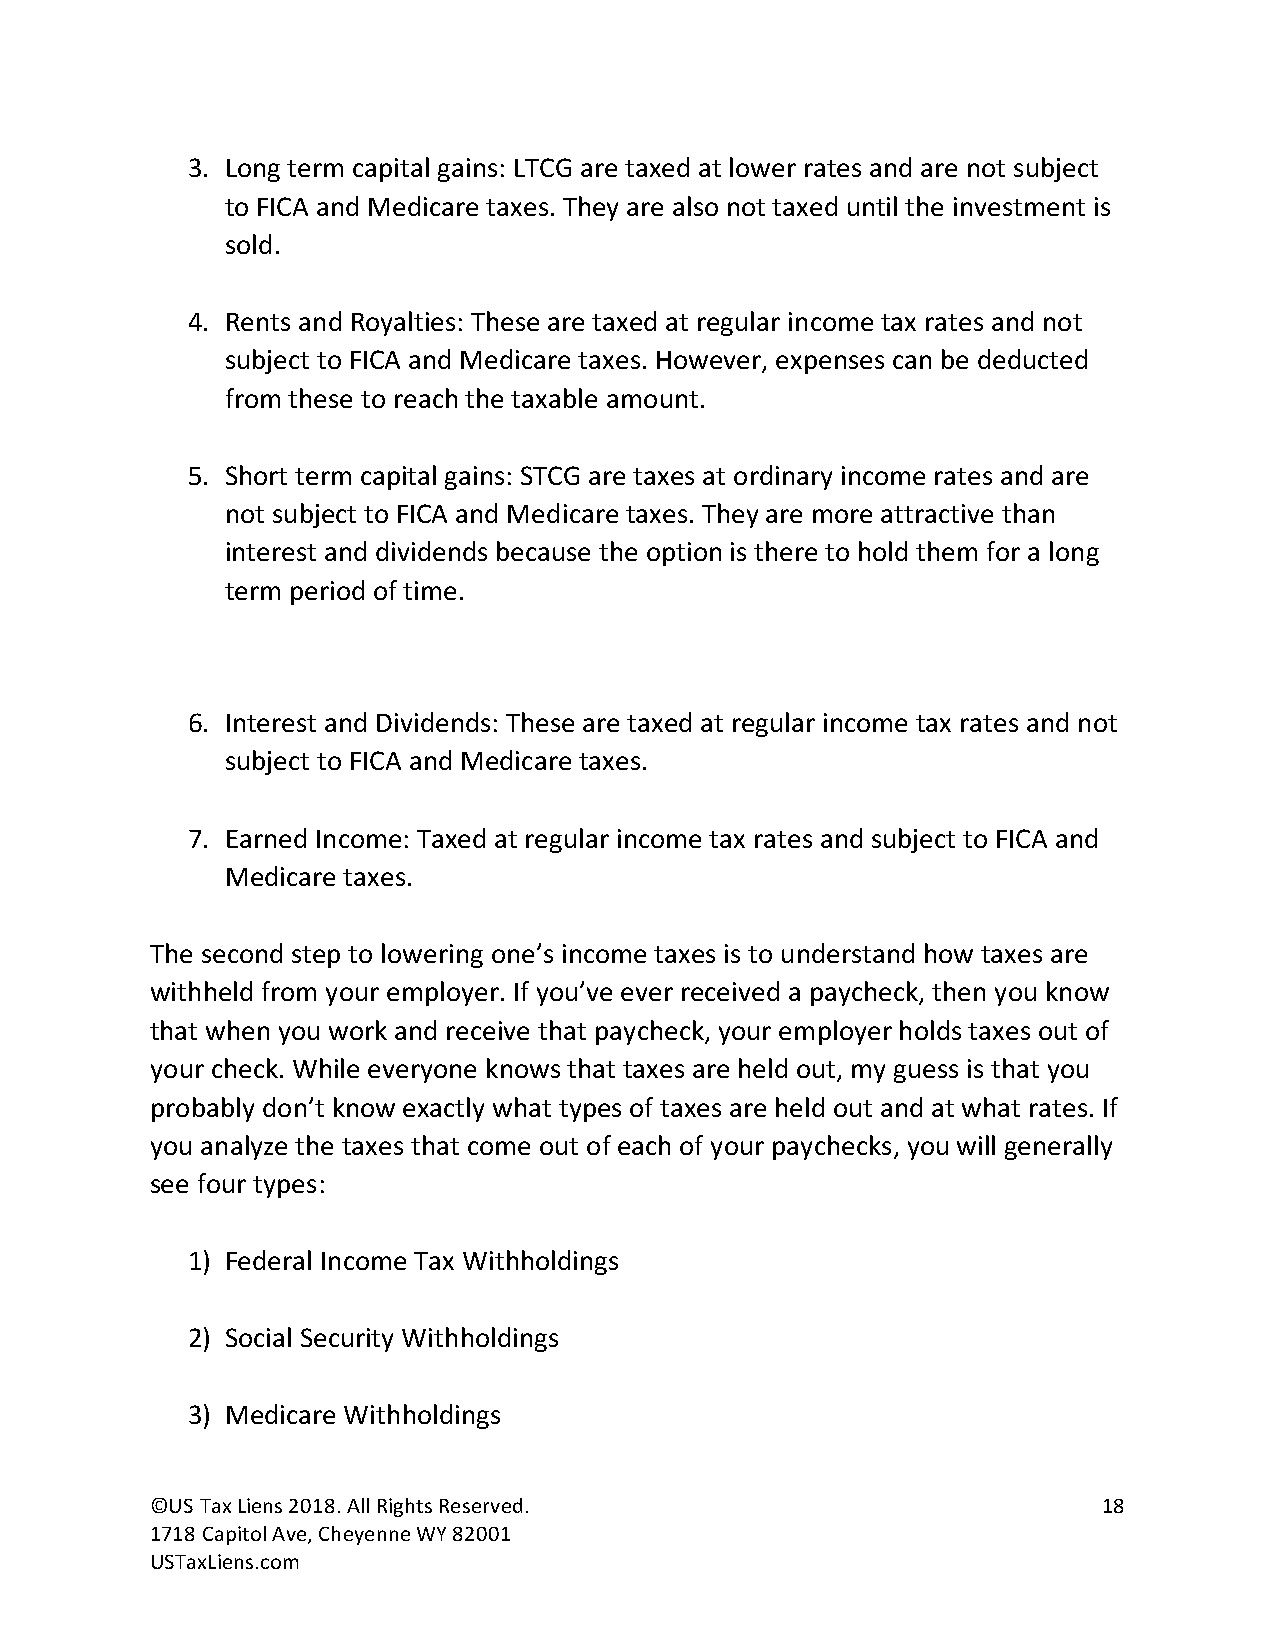
3. Long term capital gains: LTCG are taxed at lower rates and are not subject
 to FICA and Medicare taxes. They are also not taxed until the investment is
 sold.
 4. Rents and Royalties: These are taxed at regular income tax rates and not
 subject to FICA and Medicare taxes. However, expenses can be deducted
 from these to reach the taxable amount.
 5. Short term capital gains: STCG are taxes at ordinary income rates and are
 not subject to FICA and Medicare taxes. They are more attractive than
 interest and dividends because the option is there to hold them for a long
 term period of time.
 6. Interest and Dividends: These are taxed at regular income tax rates and not
 subject to FICA and Medicare taxes.
 7. Earned Income: Taxed at regular income tax rates and subject to FICA and
 Medicare taxes.
 The second step to lowering one’s income taxes is to understand how taxes are
 withheld from your employer. If you’ve ever received a paycheck, then you know
 that when you work and receive that paycheck, your employer holds taxes out of
 your check. While everyone knows that taxes are held out, my guess is that you
 probably don’t know exactly what types of taxes are held out and at what rates. If
 you analyze the taxes that come out of each of your paychecks, you will generally
 see four types:
 1) Federal Income Tax Withholdings
 2) Social Security Withholdings
 3) Medicare Withholdings
 ©US Tax Liens 2018. All Rights Reserved.                       18
 1718 Capitol Ave, Cheyenne WY 82001
 USTaxLiens.com